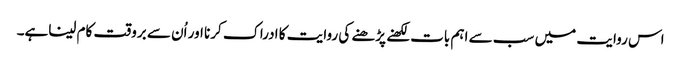
اس روایت میں سب سے اہم بات لکھنے پڑھنے کی روایت کا ادراک کرنا اور اُن سے بروقت کام لیناہے۔